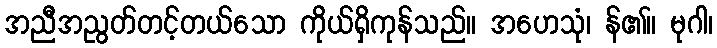
အညီအညွတ်တင့်တယ်သော ကိုယ်ရှိကုန်သည်။ အဟေသုံ၊ န်၏။ မုဂါ၊